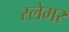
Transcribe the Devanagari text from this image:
स्लेमर